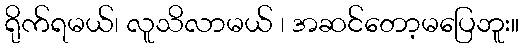
ရိုက်ရမယ်၊ လူသိလာမယ် ၊ အဆင်တော့မပြေဘူး။